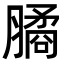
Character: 𦠈